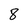
Character: 8